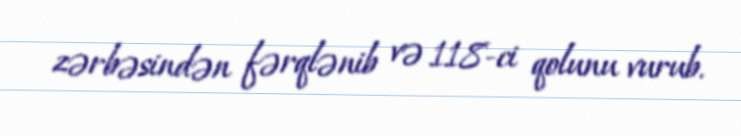
zərbəsindən fərqlənib və 118-ci qolunu vurub.